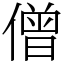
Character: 僧